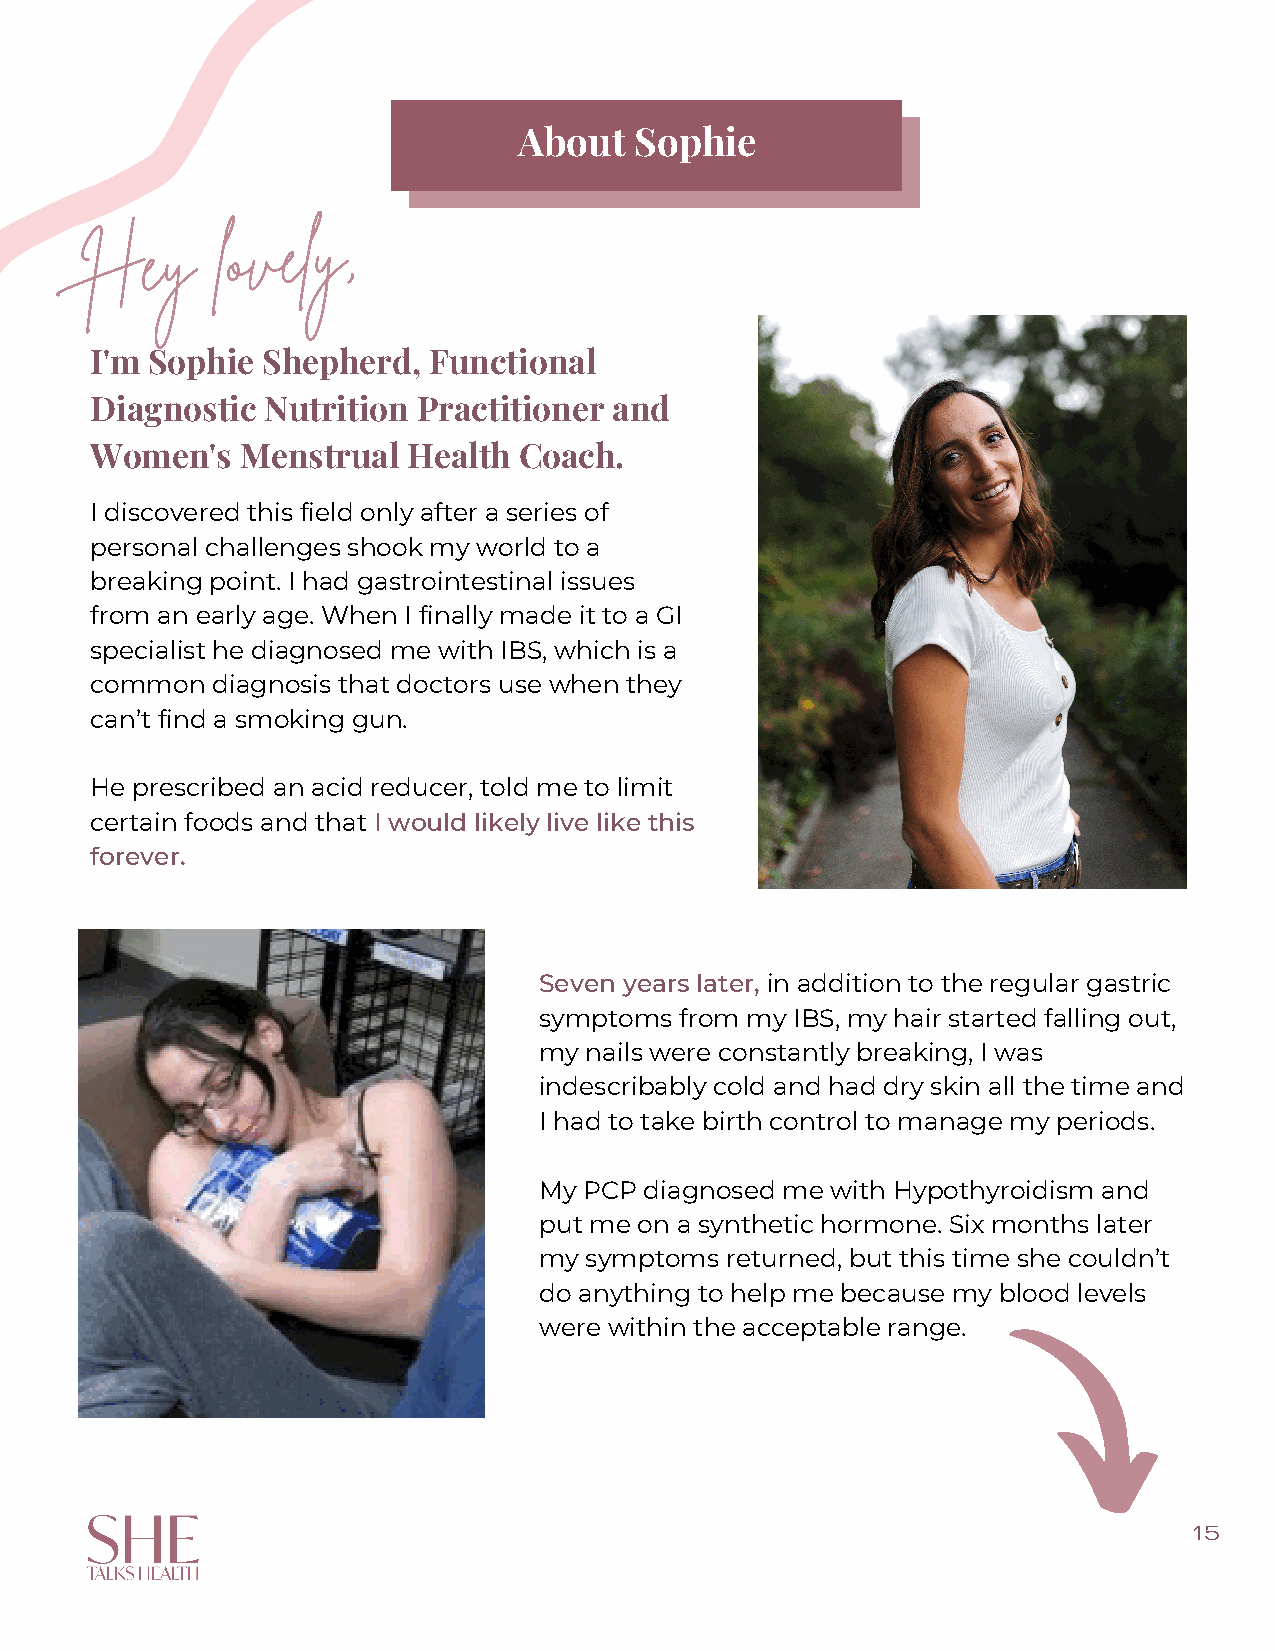
About   Sophie
 Hey
 lovely,
 I'm Sophie Shepherd,  Functional
 Diagnostic  Nutrition Practitioner and
 Women's   Menstrual  Health Coach.
 I discovered this field only after a series of
 personal challenges shook my world to a
 breaking point. I had gastrointestinal issues
 from an early age. When I finally made it to a GI
 specialist he diagnosed me with IBS, which is a
 common  diagnosis that doctors use when they
 can’t find a smoking gun.
 He prescribed an acid reducer, told me to limit
 certain foods and that I would likely live like this
 forever.
 Seven years later, in addition to the regular gastric
 symptoms from my IBS, my hair started falling out,
 my nails were constantly breaking, I was
 indescribably cold and had dry skin all the time and
 I had to take birth control to manage my periods.
 My PCP diagnosed me with Hypothyroidism and
 put me on a synthetic hormone. Six months later
 my symptoms returned, but this time she couldn’t
 do anything to help me because my blood levels
 were within the acceptable range.
 15